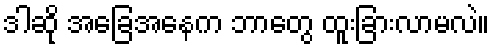
ဒါဆို အခြေအနေက ဘာတွေ ထူးခြားလာမလဲ။